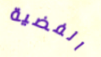
الفضية